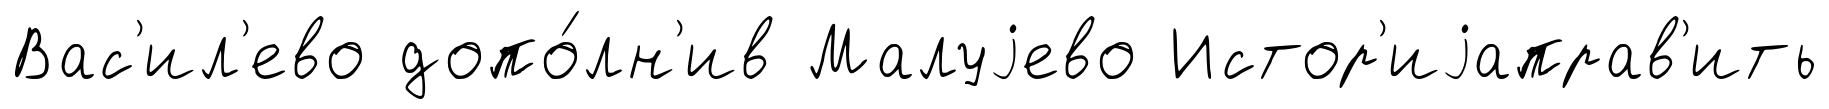
Вас'ил'ево допо́лн'ив Малуjево Истор'иjаправ'ить